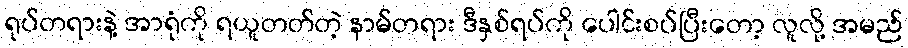
ရုပ်တရားနဲ့ အာရုံကို ရယူတတ်တဲ့ နာမ်တရား ဒီနှစ်ရပ်ကို ပေါင်းစပ်ပြီးတော့ လူလို့ အမည်